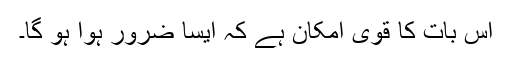
اس بات کا قوی امکان ہے کہ ایسا ضرور ہوا ہو گا۔